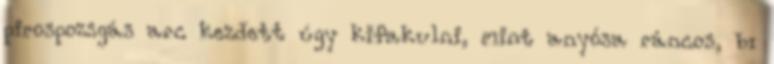
pirospozsgás arc kezdett úgy kifakulni, mint anyósa ráncos, bı